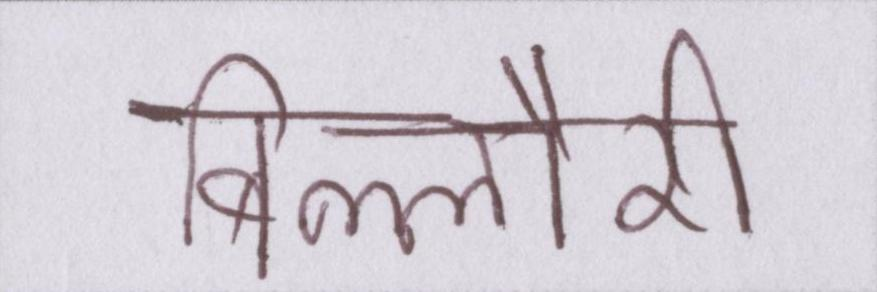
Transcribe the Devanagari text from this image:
बिल्लौरी